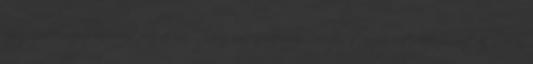
megújuló energiaforrás fogalma Olyan energiaforrás, amely természeti folyamatok során